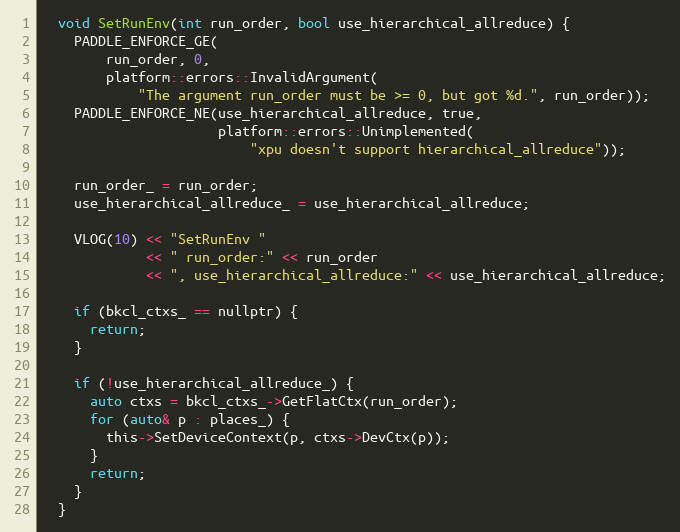
Language: C
  void SetRunEnv(int run_order, bool use_hierarchical_allreduce) {
    PADDLE_ENFORCE_GE(
        run_order, 0,
        platform::errors::InvalidArgument(
            "The argument run_order must be >= 0, but got %d.", run_order));
    PADDLE_ENFORCE_NE(use_hierarchical_allreduce, true,
                      platform::errors::Unimplemented(
                          "xpu doesn't support hierarchical_allreduce"));

    run_order_ = run_order;
    use_hierarchical_allreduce_ = use_hierarchical_allreduce;

    VLOG(10) << "SetRunEnv "
             << " run_order:" << run_order
             << ", use_hierarchical_allreduce:" << use_hierarchical_allreduce;

    if (bkcl_ctxs_ == nullptr) {
      return;
    }

    if (!use_hierarchical_allreduce_) {
      auto ctxs = bkcl_ctxs_->GetFlatCtx(run_order);
      for (auto& p : places_) {
        this->SetDeviceContext(p, ctxs->DevCtx(p));
      }
      return;
    }
  }